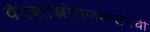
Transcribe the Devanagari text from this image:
वेदशास्त्रोत्तेजकसभेची